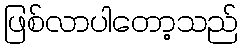
ဖြစ်လာပါတော့သည်